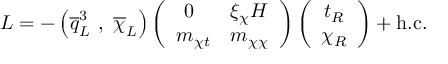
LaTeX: { \cal L } = - \left( \overline { { { q } } } _ { L } ^ { 3 } \ , \ \overline { { { \chi } } } _ { L } \right) \left( \begin{array} { r l } { { 0 \; \; \; } } & { { \xi _ { \chi } H } } \\ { { m _ { \chi t } } } & { { m _ { \chi \chi } } } \end{array} \right) \left( \begin{array} { c } { { t _ { R } } } \\ { { \chi _ { R } } } \end{array} \right) + \mathrm { h . c . }